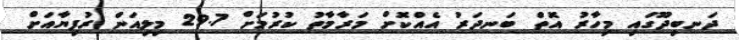
ދަނބިދޫގައި މިހާރު އޮތް ބަނދަރު އެއްކޮށް މަރާމާތު ކުރުމަށް 29.7 މިލިއަން ރުފިޔާއަށް